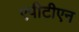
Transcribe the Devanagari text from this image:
एपीटीएन